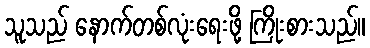
သူသည် နောက်တစ်လုံးရေးဖို့ ကြိုးစားသည်။